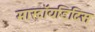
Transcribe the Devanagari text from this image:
मास्टॉयडिटिस